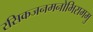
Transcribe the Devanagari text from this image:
रसिकजनमनोभिराममु